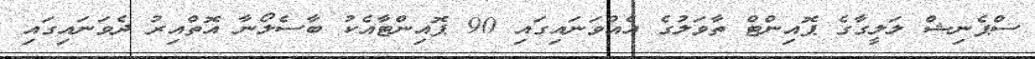
ސްޕެނިޝް ލަލީގާގެ ޕޮއިންޓް ތާވަލުގެ އެއްވަނައިގައި 90 ޕޮއިންޓާއެކު ބާސެލޯނާ އޮތްއިރު ދެވަނައިގައި